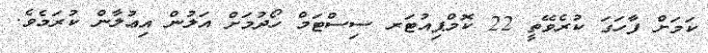
ކަމަށް ފާހަގަ ކުރެވޭތީ 22 ކޮމްޕިއުޓަރ ސިސްޓަމް ހޯދުމަށް އަލުން އިޢުލާން ކުރަމެވެ.